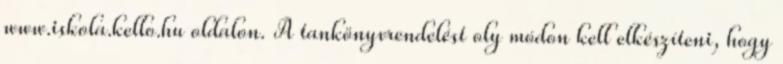
www.iskola.kello.hu oldalon. A tankönyvrendelést oly módon kell elkészíteni, hogy